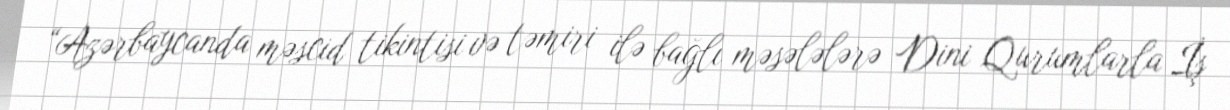
“Azərbaycanda məscid tikintisi və təmiri ilə bağlı məsələlərə Dini Qurumlarla İş